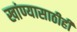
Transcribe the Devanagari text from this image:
खांण्यासाठीही